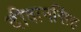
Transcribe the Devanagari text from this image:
दीवानसिंह